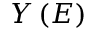
Y \left( E \right)